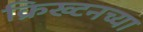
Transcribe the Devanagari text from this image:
क्रिख्टनच्या